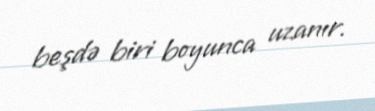
beşdə biri boyunca uzanır.